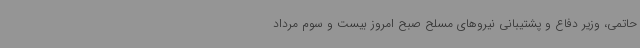
حاتمی، وزیر دفاع و پشتیبانی نیروهای مسلح صبح امروز بیست و سوم مرداد